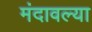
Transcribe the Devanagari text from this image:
मंदावल्या